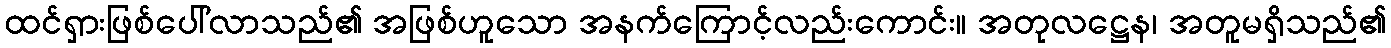
ထင်ရှားဖြစ်ပေါ်လာသည်၏ အဖြစ်ဟူသော အနက်ကြောင့်လည်းကောင်း။ အတုလဋ္ဌေန၊ အတူမရှိသည်၏